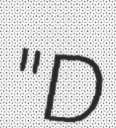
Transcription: "D